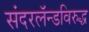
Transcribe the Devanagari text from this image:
संदरलॅन्डविरुद्ध